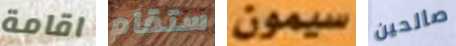
اقامة ستقام سيمون صالحين